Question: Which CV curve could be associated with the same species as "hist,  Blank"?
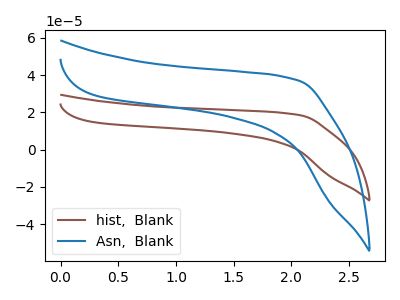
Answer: <think>The brown curve "hist,  Blank" has no peaks. The blue curve "Asn,  Blank" has no peaks.
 Neither "hist,  Blank" or "Asn,  Blank" have any peaks.</think>
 <answer>The CV with the most similar shape to "Asn,  Blank" is "hist,  Blank".</answer>
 <eval>"hist,  Blank"</eval>